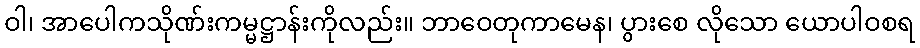
ဝါ၊ အာပေါကသိုဏ်းကမ္မဋ္ဌာန်းကိုလည်း။ ဘာဝေတုကာမေန၊ ပွားစေ လိုသော ယောပါဝစရ